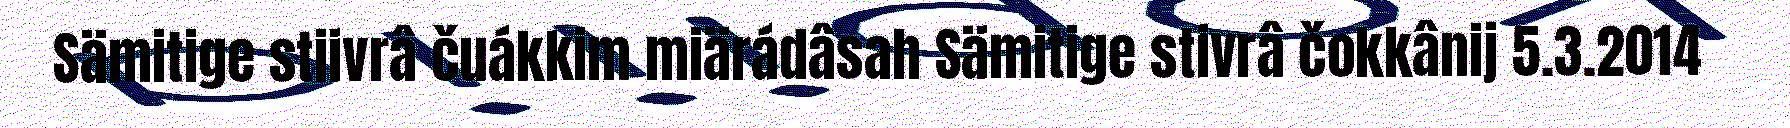
Sämitige stiivrâ čuákkim miärádâsah Sämitige stivrâ čokkânij 5.3.2014